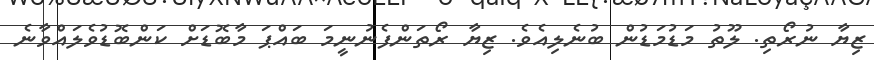
ޒިޔާ ނުރޯތި. ލޫތު މަޑުމަޑުން ބުނެލިއެވެ. ޒިޔާ ރޯތަންފެނުނީމަ ބައްޕަ މާބޮޑަށް ކަންބޮޑުވެލައްވާނެ